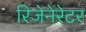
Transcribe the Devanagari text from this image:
रिजेनेरेटर